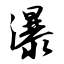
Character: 瀑